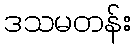
ဒသမတန်း